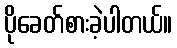
ပိုခေတ်စားခဲ့ပါတယ်။